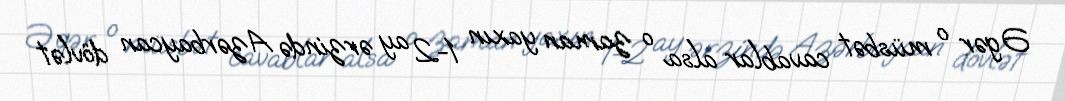
Əgər o müsbət cavablar alsa o zaman yaxın 1-2 ay ərzində Azərbaycan dövlət